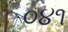
૦૪૧